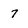
Character: 7